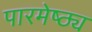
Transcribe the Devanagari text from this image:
पारमेष्ठ्य